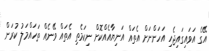
އޭގެ އަވައިގައިޖެހި އަހަންނަށް އެތައް އަނިޔާއެއްކޮށް ނިކަމެތި އެތައް ވޭނެއް ތަހައްމަލު ކުރަން